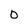
Character: 0